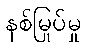
နစ်မြုပ်မှု